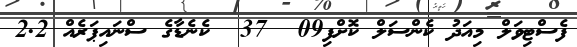
ފެސްޓިވަލް މިއަދު ކެންސަލް ކޮށްފި09  37  ކެނެޑާގެ ސްނައިޕަރެއް 2.2